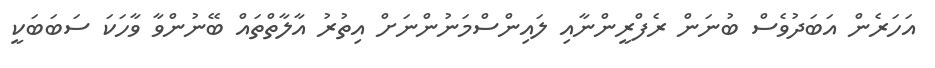
އަހަރެން އަބަދުވެސް ބުނަން ރެފްރީންނާއި ލައިންސްމަނުންނަށް އިތުރު އާލާތްތައް ބޭނުންވާ ވާހަކަ ސަބަބަކީ